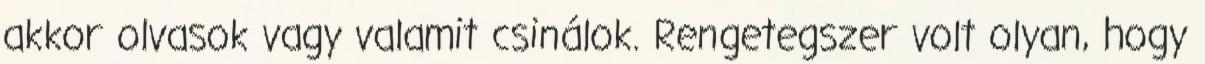
akkor olvasok vagy valamit csinálok. Rengetegszer volt olyan, hogy